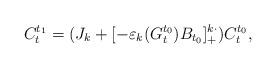
LaTeX: \begin{align*}C_t^{t_1} = (J_k + [-\varepsilon_k(G^{t_0}_t)B_{t_0}]^{k\cdot}_+)C^{t_0}_t,\end{align*}